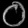
Digit: ၀